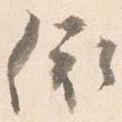
依